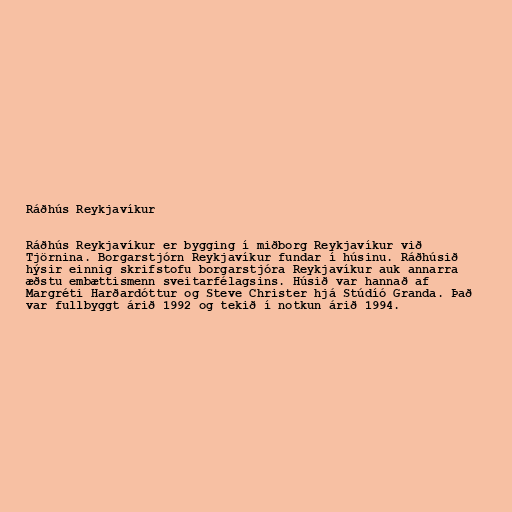
Ráðhús Reykjavíkur

Ráðhús Reykjavíkur er bygging í miðborg Reykjavíkur við
Tjörnina. Borgarstjórn Reykjavíkur fundar í húsinu. Ráðhúsið
hýsir einnig skrifstofu borgarstjóra Reykjavíkur auk annarra
æðstu embættismenn sveitarfélagsins. Húsið var hannað af
Margréti Harðardóttur og Steve Christer hjá Stúdíó Granda. Það
var fullbyggt árið 1992 og tekið í notkun árið 1994.